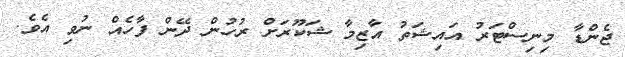
ޖެންޑާ މިނިސްޓަރު އައިޝަތު އާޒިމާ ޝަކޫރަށް ރުހުން ދޭން ފާހެއް ނުވި އެވެ.